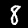
Label: 8